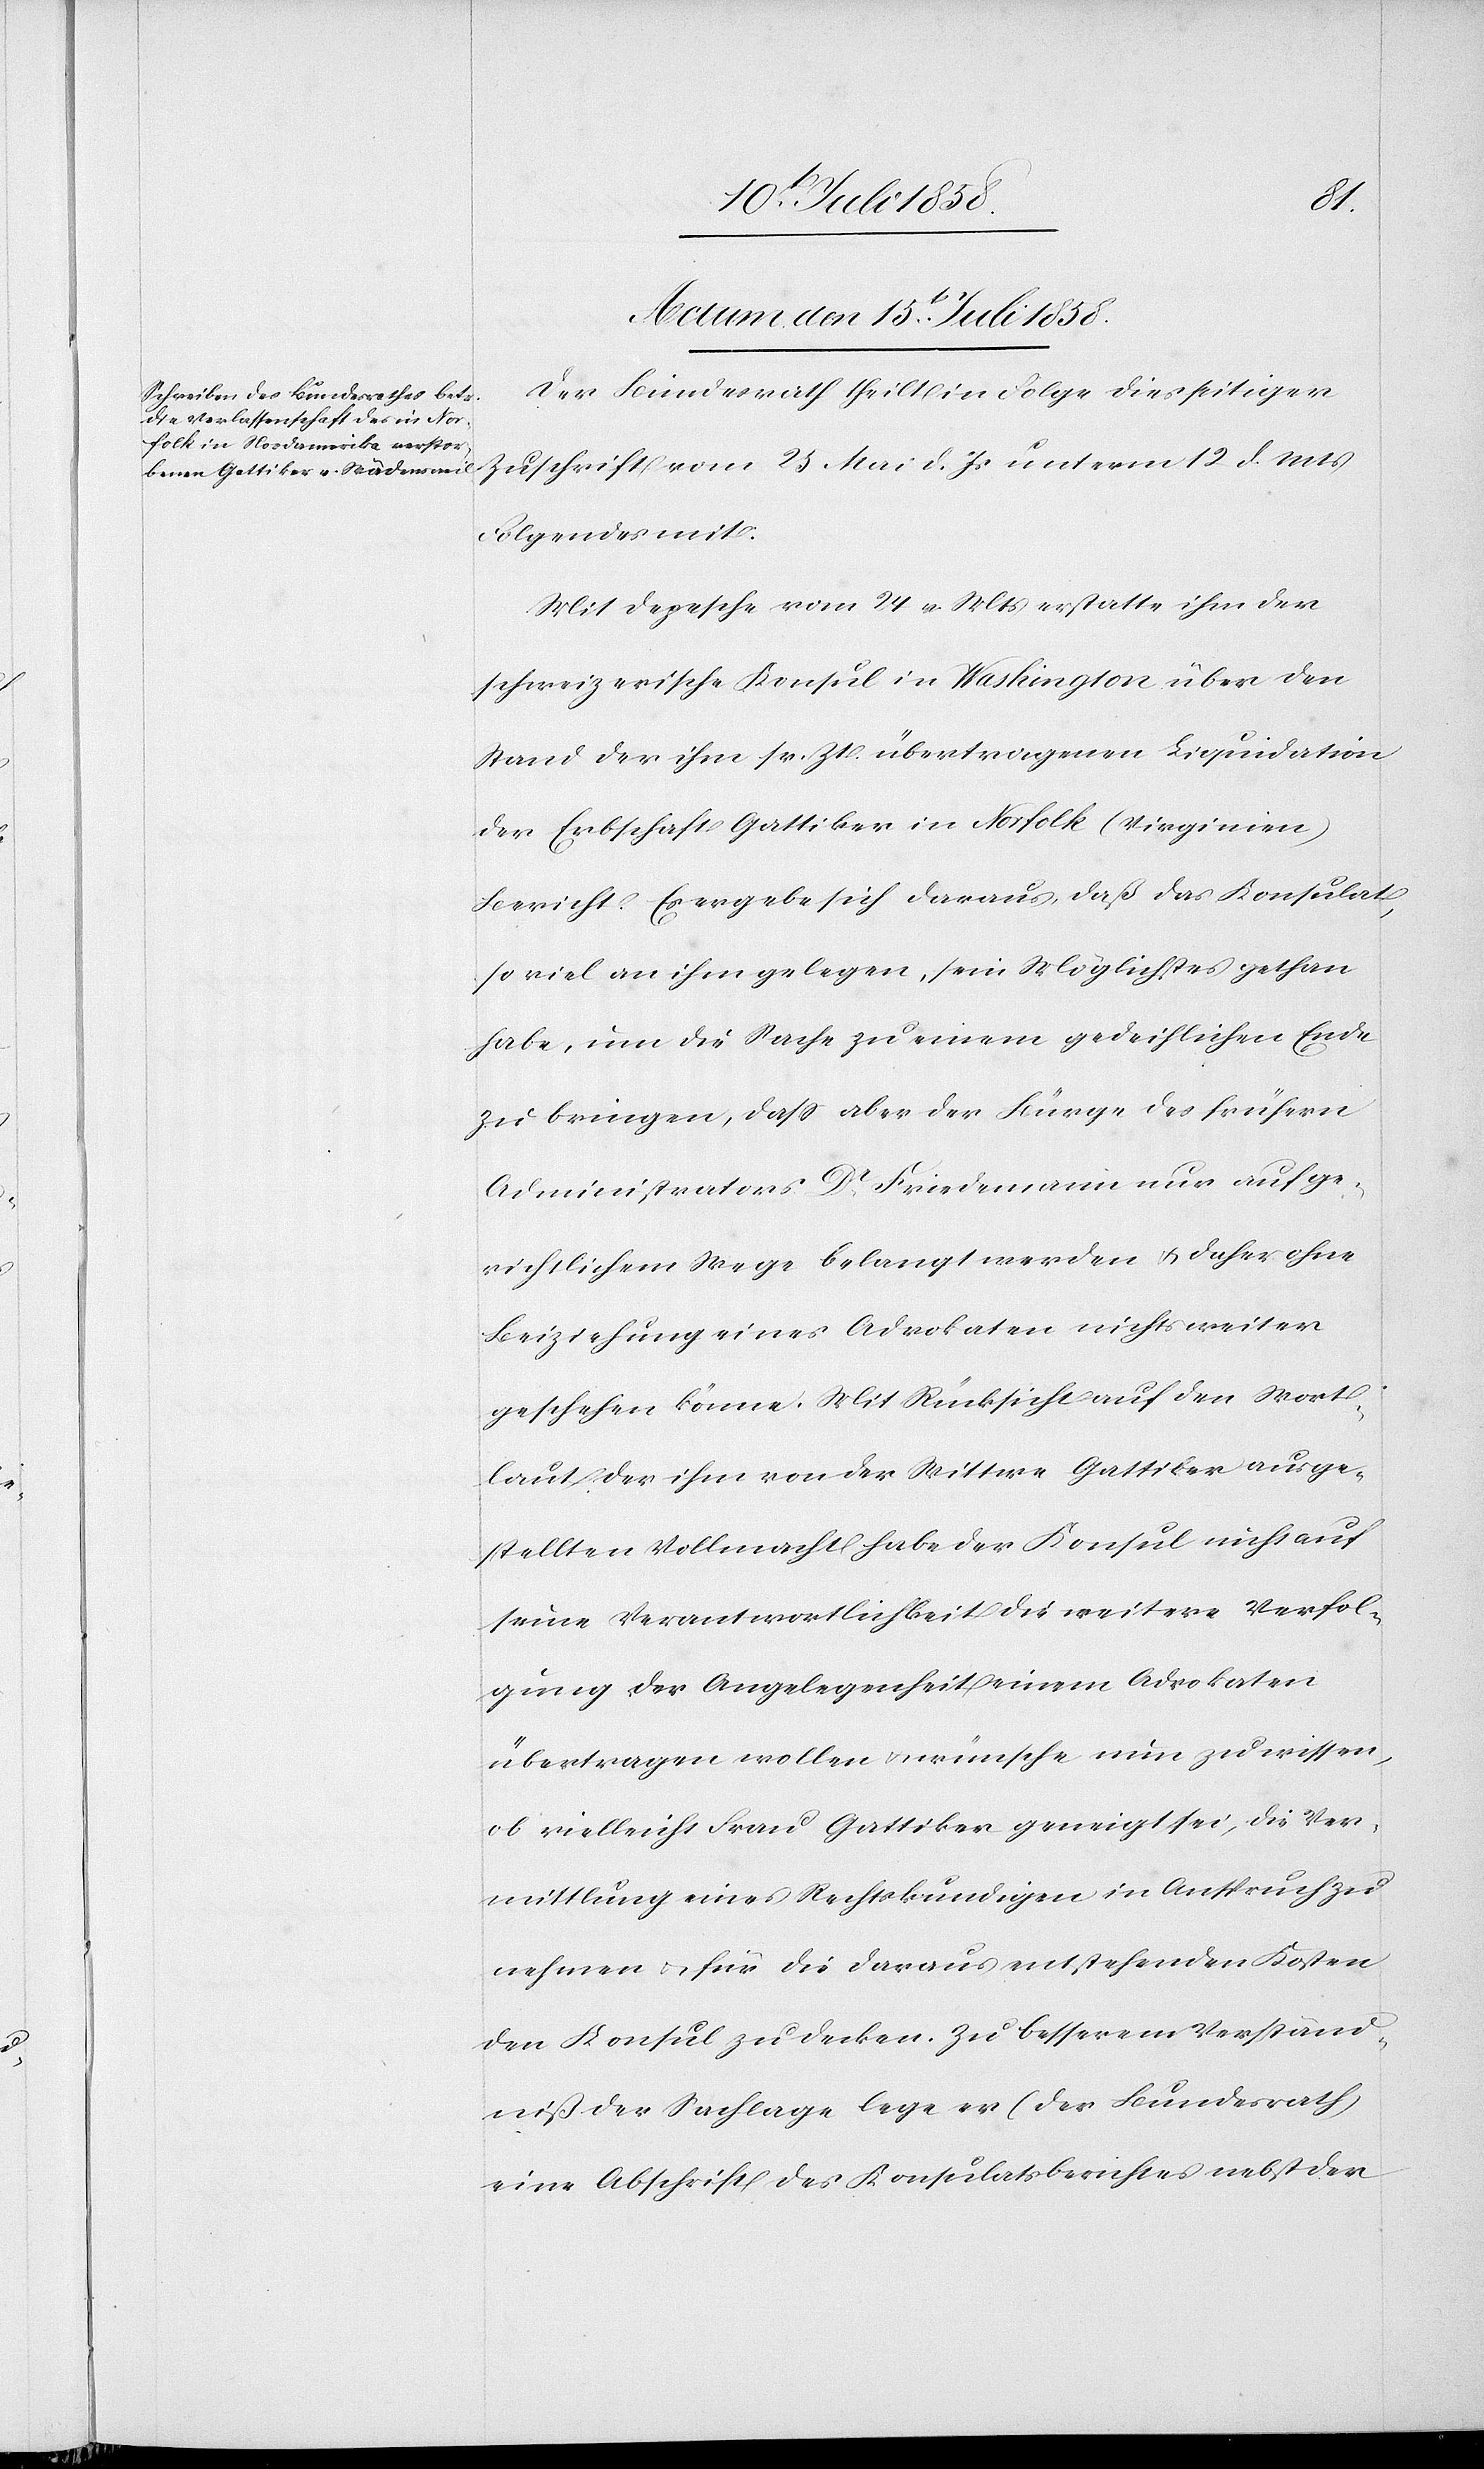
Actum den 15t. Juli 1858.
Der Bundesrath theilt in Folge diesseitiger
Zuschrift vom 25 Mai d. Js unterm 12 d. Mts
Folgendes mit:
Mit Depesche vom 24 v. Mts erstatte ihm der
schweizerische Konsul in Washington über den
Stand der ihm sr. Zt. übertragenen Liquidation
der Erbschaft Gattiker in Norfolk (Virginien)
Bericht. Es ergebe sich daraus, daß das Konsulat,
so viel an ihm gelegen, sein Möglichstes gethan
habe, um die Sache zu einem gedeihlichen Ende
zu bringen, dass aber der Bürge des frühern
Administrators Dr. Friedemann nur auf ge¬
richtlichem Wege belangt werden & daher ohne
Beiziehung eines Advokaten nichts weiter
geschehen könne. Mit Rücksicht auf den Wort¬
laut der ihm von der Wittwe Gattiker ausge¬
stellten Vollmacht habe der Konsul nicht auf
seine Verantwortlichkeit die weitere Verfol¬
gung der Angelegenheit einem Advokaten
übertragen wollen & wünsche nun zu wissen,
ob vielleicht Frau Gattiker geneigt sei, die Ver¬
mittlung eines Rechtskundigen in Anspruch zu
nehmen & für die daraus entstehenden Kosten
den Konsul zu decken. Zu besserem Verständ¬
niß der Sachlage lege er (der Bundesrath)
eine Abschrift des Konsulatsberichtes nebst der